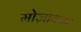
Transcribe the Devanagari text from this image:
मोज़ायक